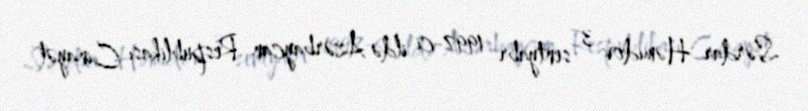
Sərdar Həmidov 3 sentyabr 1997-ci ildə Azərbaycan Respublikası Cinayət